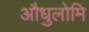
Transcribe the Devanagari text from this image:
औधुलोमि